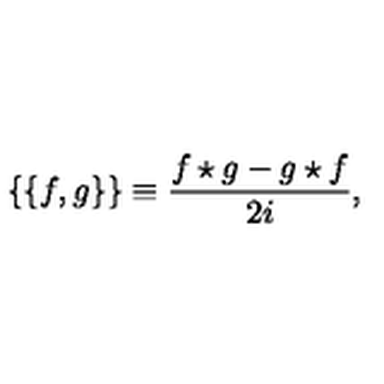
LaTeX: \{ \{ f , g \} \} \equiv { \frac { f \star g - g \star f } { 2 i } } ,